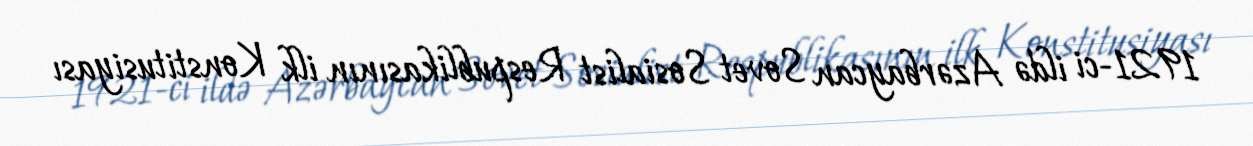
1921-ci ildə Azərbaycan Sovet Sosialist Respublikasının ilk Konstitusiyası